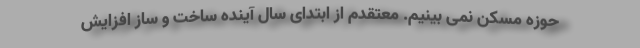
حوزه مسکن نمی بینیم. معتقدم از ابتدای سال آینده ساخت و ساز افزایش